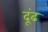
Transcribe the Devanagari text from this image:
दूंढ